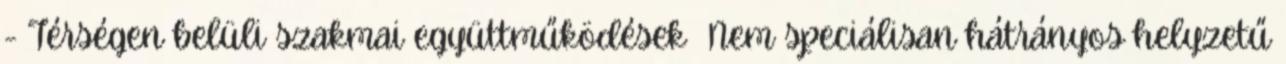
- Térségen belüli szakmai együttműködések ▪Nem speciálisan hátrányos helyzetű